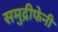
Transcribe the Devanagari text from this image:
समुद्रीफेनी